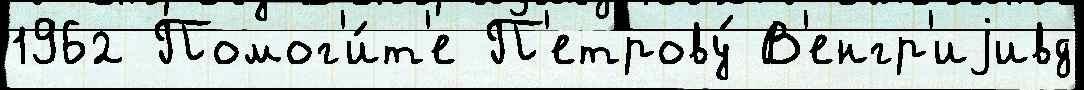
1962 Помог'и́т'е П'етрову́ В'енгр'иjивд